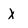
Character: X